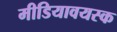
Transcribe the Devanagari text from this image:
मीडियावयस्क